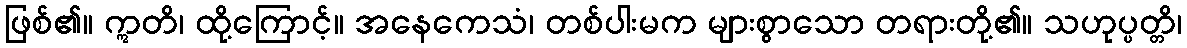
ဖြစ်၏။ ဣတိ၊ ထို့ကြောင့်။ အနေကေသံ၊ တစ်ပါးမက များစွာသော တရားတို့၏။ သဟုပ္ပတ္တိ၊